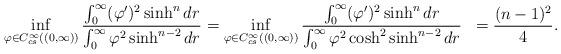
LaTeX: \begin{align*}\begin{aligned}\inf_{\varphi\in C^{\infty}_{cs}((0,\infty))}\frac{\int_{0}^{\infty} (\varphi')^2\sinh^ndr}{\int_{0}^{\infty} \varphi^2\sinh^{n-2}dr}&=\inf_{\varphi\in C^{\infty}_{cs}((0,\infty))}\frac{\int_{0}^{\infty} (\varphi')^2\sinh^ndr}{\int_{0}^{\infty} \varphi^2\cosh^2\sinh^{n-2}dr}&=\frac{(n-1)^2}{4}.\end{aligned}\end{align*}